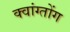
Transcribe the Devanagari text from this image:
क्वांग्तोंग